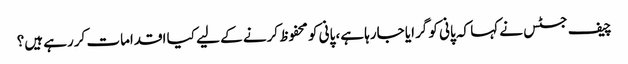
چیف جسٹس نے کہا کہ پانی کو گرایا جارہا ہے، پانی کو محفوظ کرنے کے لیے کیا اقدامات کررہے ہیں؟